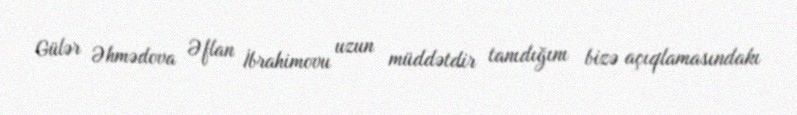
Gülər Əhmədova Əflan İbrahimovu uzun müddətdir tanıdığını bizə açıqlamasındakı